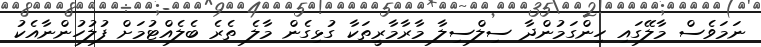
ނަމަވެސް މާލޭގައި ހިންގަމުންދާ ސިލްސިލާ މާރާމާރީތަކާ ގުޅިގެން މާލެ ތެރެ ބެލެއްޓުމަށް ފުލުހުންނާއެކު